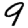
Digit: 9